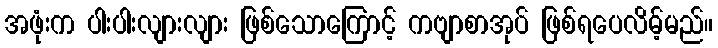
အဖုံးက ပါးပါးလျားလျား ဖြစ်သောကြောင့် ကဗျာစာအုပ် ဖြစ်ရပေလိမ့်မည်။